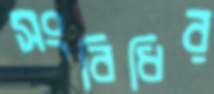
সংবিধির